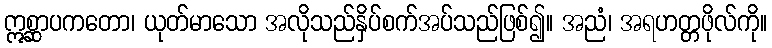
ဣစ္ဆာပကတော၊ ယုတ်မာသော အလိုသည်နှိပ်စက်အပ်သည်ဖြစ်၍။ အညံ၊ အရဟတ္တဖိုလ်ကို။